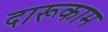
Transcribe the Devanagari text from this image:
दारूकाम